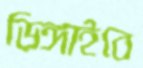
ডিঙ্গাইবে